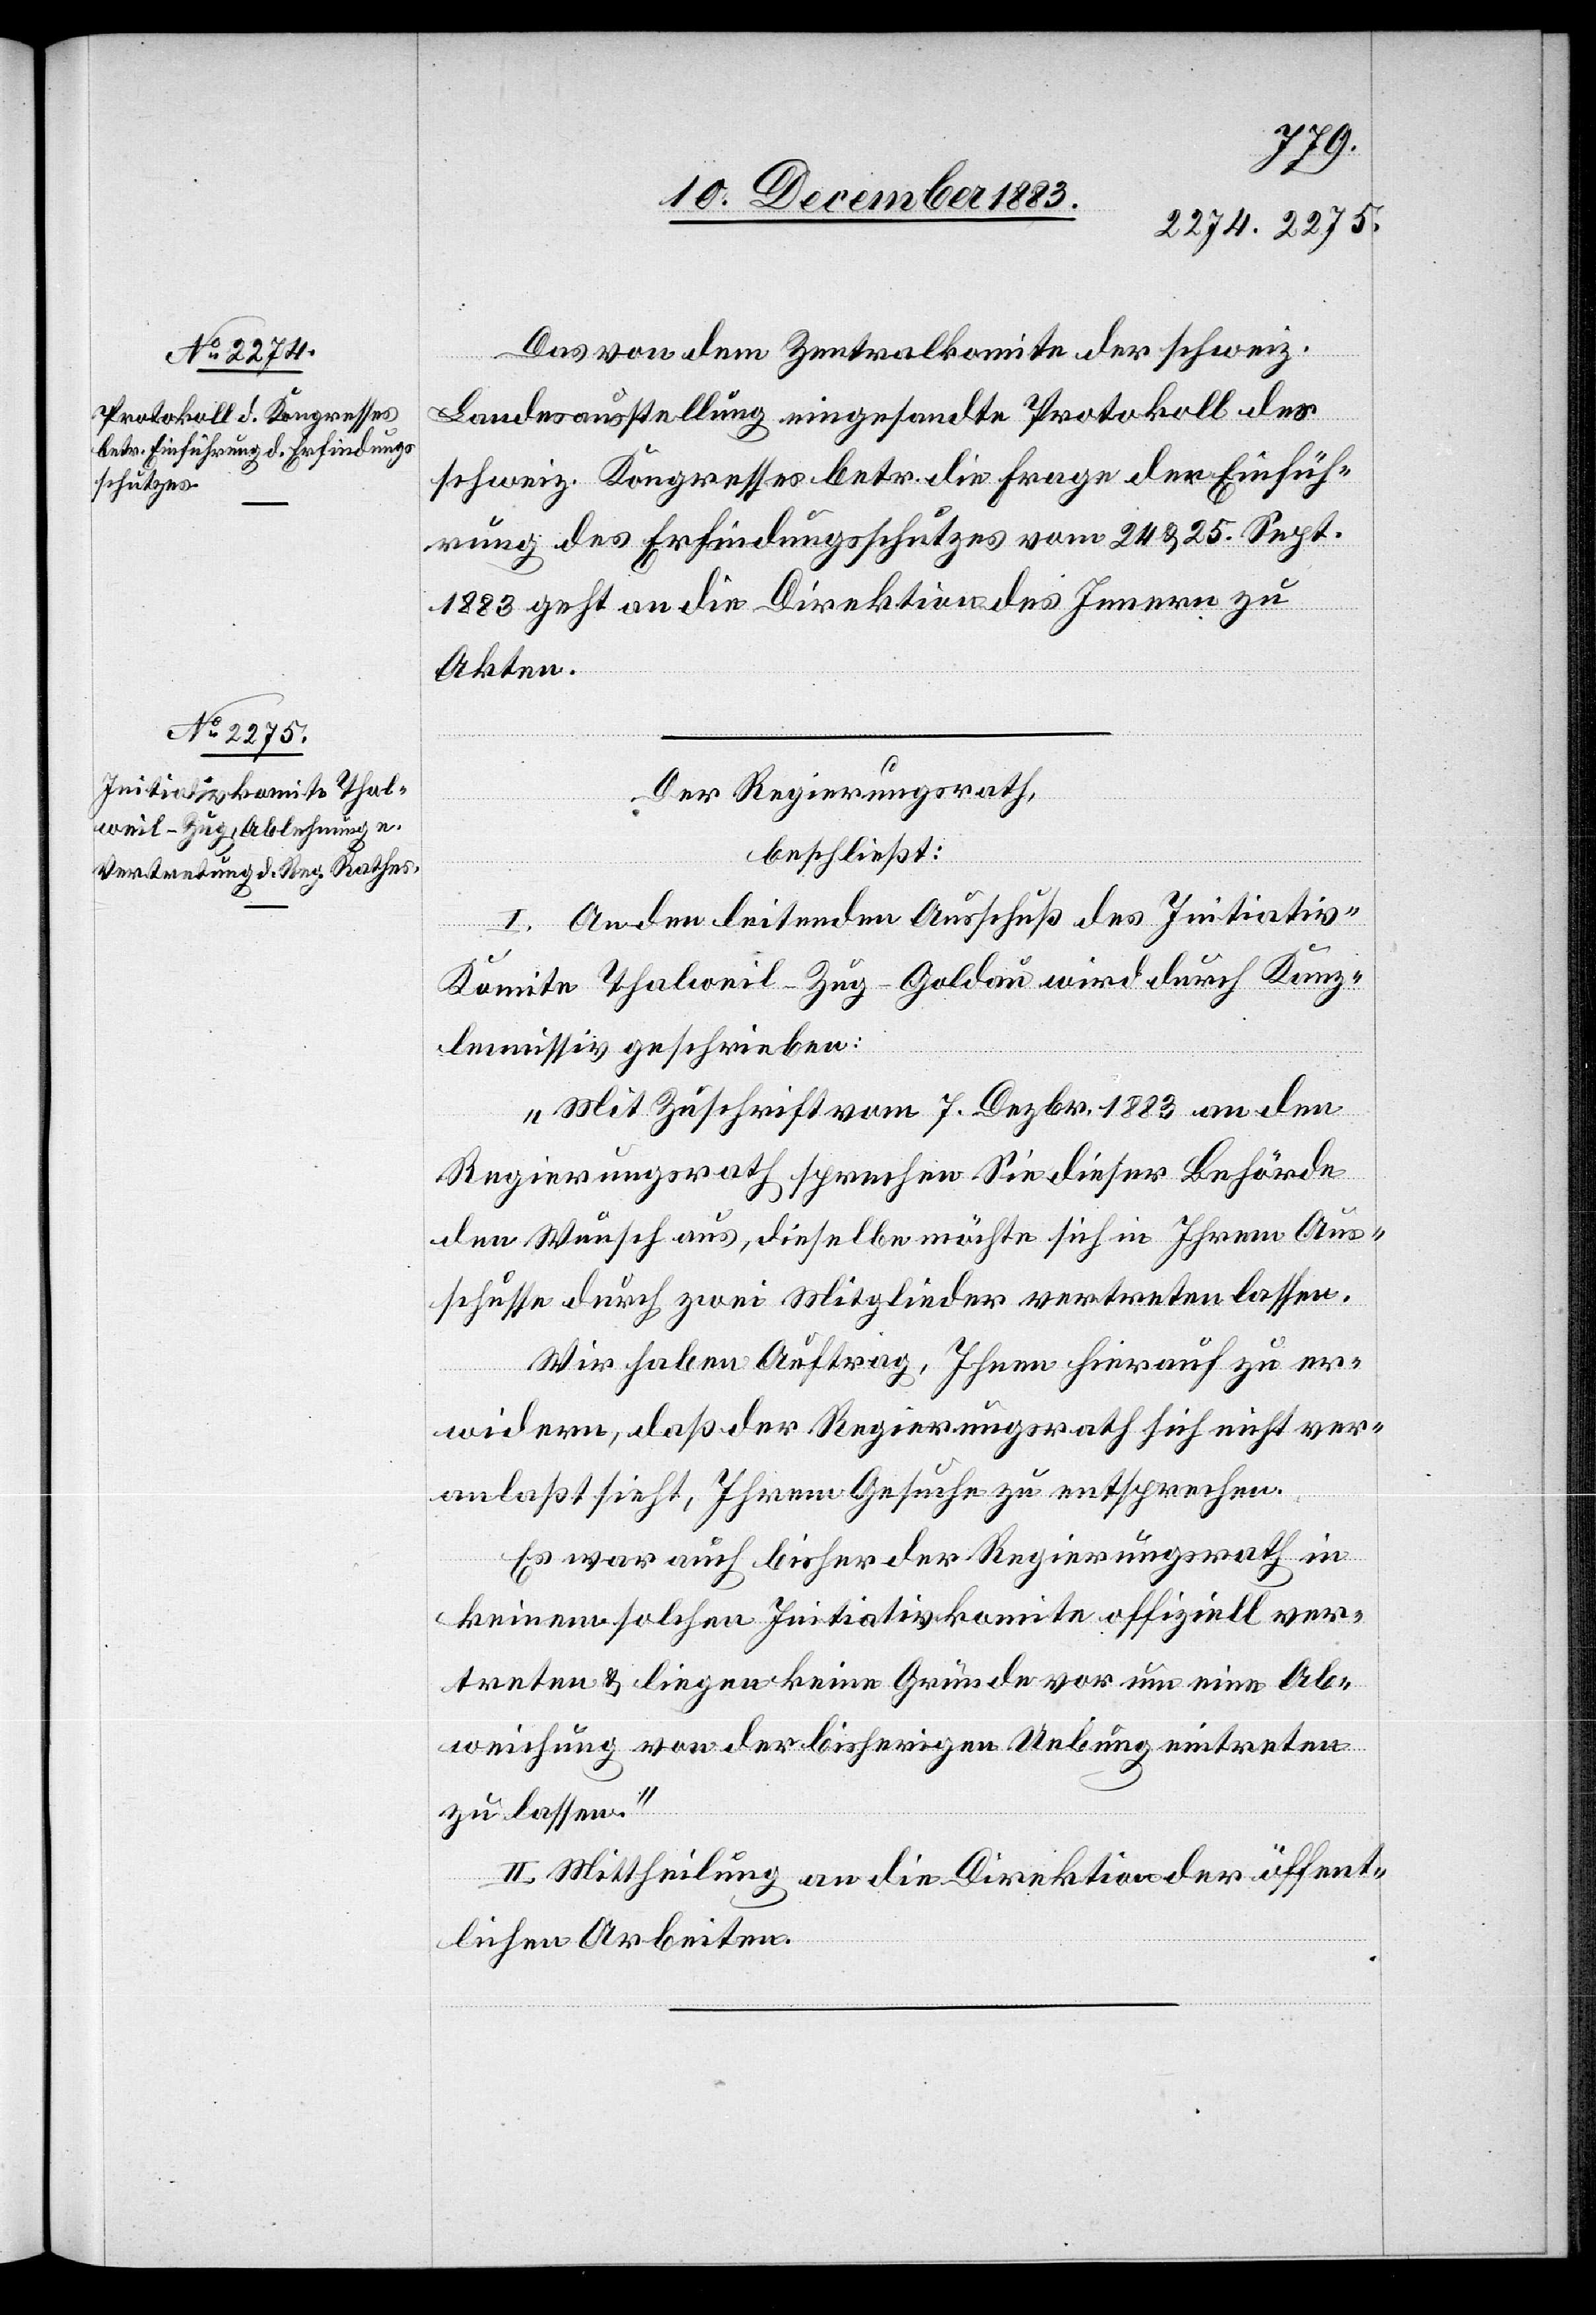
Das von dem Zentralkomite der schweiz.
Landesausstellung eingesandte Protokoll der
schweiz. Kongresses betr. die Frage der Einfüh¬
rung des Erfindungsschutzes vom 24. & 25. Sept.
1883 geht an die Direktion des Innern zu
Akten.
Der Regierungsrath,
beschließt:
I. An den leitenden Ausschuß des Initiativ-K¬
omitee Thalweil-Zug-Goldau wird durch Kanz¬
leimissiv geschrieben:
„Mit Zuschrift vom 7. Dezbr. 1883 an den
Regierungsrath sprechen Sie dieser Behörde
den Wunsch aus, dieselbe möchte sich in Ihrem Aus¬
schusse durch zwei Mitglieder vertreten lassen.
Wir haben Auftrag, Ihnen hierauf zu er¬
widern, daß der Regierungsrath sich nicht ver¬
anlaßt sieht, Ihrem Gesuche zu entsprechen.
Es war auch bisher der Regierungsrath in
keinem solchen Initiativkomite offiziell ver¬
treten & liegen keine Gründe vor um eine Ab¬
weichung von der bisherigen Uebung eintreten
zu lassen.“
II. Mittheilung an die Direktion der öffent¬
lichen Arbeiten.